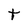
Character: t